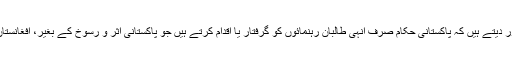
چند افغان اہل کار اور سیاست داں اِس بات پر زور دیتے ہیں کہ پاکستانی حکام صرف اُنہی طالبان رہنمائوں کو گرفتار یا اقدام کرتے ہیں جو پاکستانی اثر و رسوخ کے بغیر، افغانستان کے ساتھ براہِ راست مذاکرات کرنا چاہتے ہیں۔